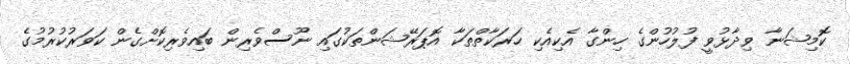
ކޮމިޝަނާ ވިދާޅުވީ ފުލުހުންގެ ހިންގާ އެކިއެކި ހަރަކާތްތަކާ އޮޕަރޭޝަންތަކުގައި ނޫސްވެރިން ބައިވެރިކޮށްގެން ކަވަރުކުރުމުގެ